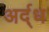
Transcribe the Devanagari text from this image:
अर्द्‌ध